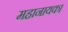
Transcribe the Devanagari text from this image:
महानायक।